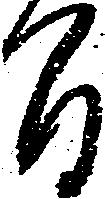
間